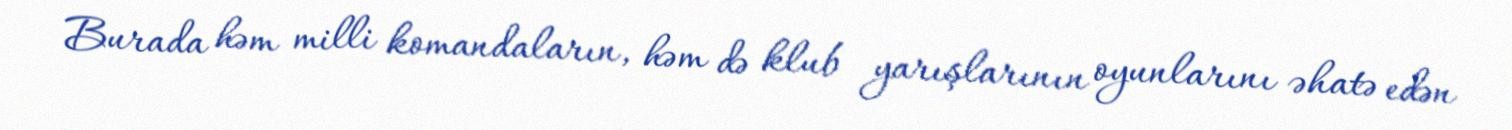
Burada həm milli komandaların, həm də klub yarışlarının oyunlarını əhatə edən